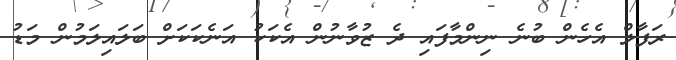
ރަފާލް އެހެން ބުނެ ނިންމާފައި ދެ ޒުވާނުން އެކަކު އަނެކަކަށް ބަލައިލަމުން މަޑު